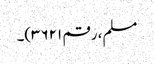
مسلم، رقم ۳۶۲۱)۔